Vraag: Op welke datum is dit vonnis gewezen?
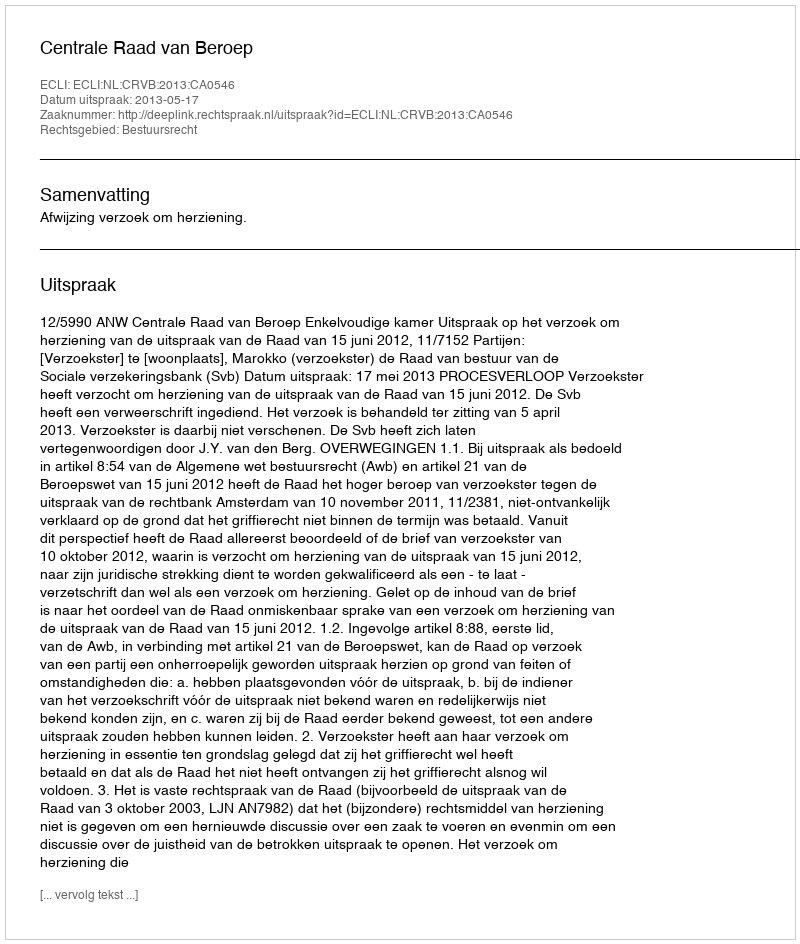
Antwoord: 2013-05-17